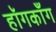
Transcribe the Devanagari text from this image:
हॉगकाँग